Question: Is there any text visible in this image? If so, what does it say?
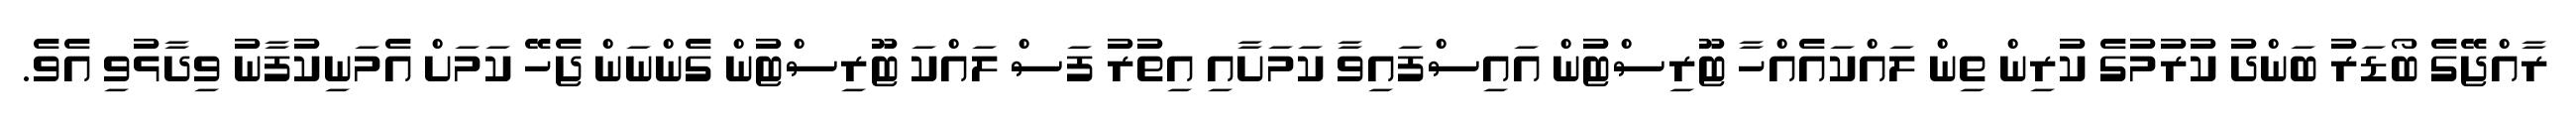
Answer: ރާއްޖޭގެ ބޯޑަރު ބަންދު ކުރުމުގެ ކުރިން ތިން ލައްކައެއްހާ ޓޫރިސްޓުން އައިސްފައިވާ ކަމަށާއި އިތުރު ފަސް ލައްކަ ޓޫރިސްޓުން ގެންނަން ޖެހޭ ކަމަށް އެމަނިކުފާނު ވިދާޅުވި އެވެ.